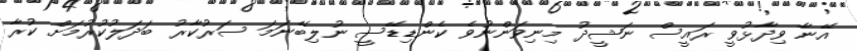
އޭނާ ވިދާޅުވީ ރައީސް ނަޝީދު މިނިވަންނުވެ ކެންޑިޑޭސީ ނުލިބޭނަމަ ސަރުކާރު ބަދަލުކުރުމަށް ކުރާ